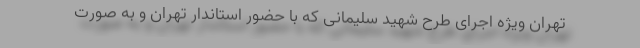
تهران ویژه اجرای طرح شهید سلیمانی که با حضور استاندار تهران و به صورت